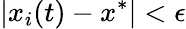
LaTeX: |x_{i}(t)-x^{*}|<\epsilon